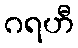
ဂရဟီ